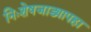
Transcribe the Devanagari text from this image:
निःशेषजाड्यापहा